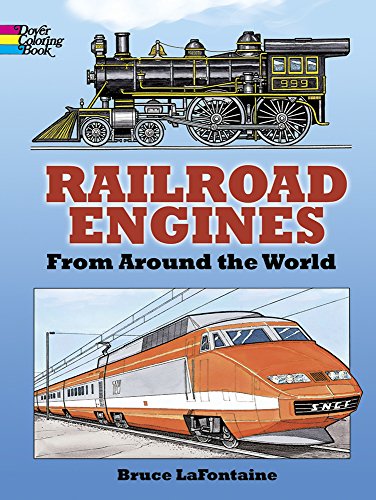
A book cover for Railroad Engines from Around the World Coloring Book (Dover History Coloring Book); Bruce LaFontaine; Children's Books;